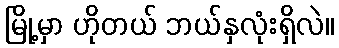
မြို့မှာ ဟိုတယ် ဘယ်နှလုံးရှိလဲ။